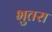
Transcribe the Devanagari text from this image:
भुतरा